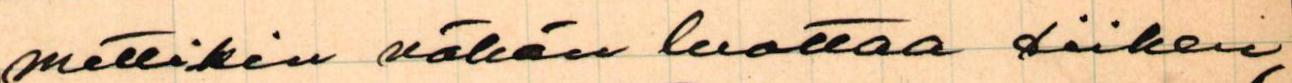
mettikin vähän luottaa siihen,